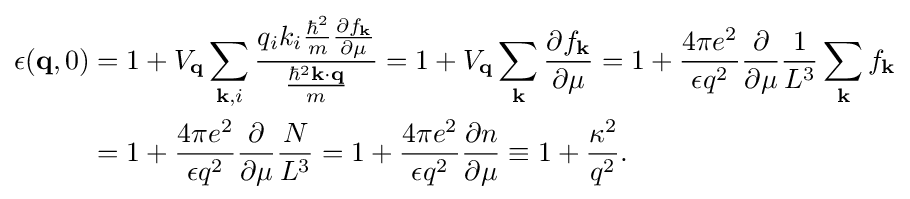
{\begin{alignedat}{2}\epsilon (\mathbf {q} ,0)&=1+V_{\mathbf {q} }\sum _{\mathbf {k} ,i}{\frac {q_{i}k_{i}{\frac {\hbar ^{2}}{m}}{\frac {\partial f_{\mathbf {k} }}{\partial \mu }}}{\frac {\hbar ^{2}\mathbf {k} \cdot \mathbf {q} }{m}}}=1+V_{\mathbf {q} }\sum _{\mathbf {k} }{\frac {\partial f_{\mathbf {k} }}{\partial \mu }}=1+{\frac {4\pi e^{2}}{\epsilon q^{2}}}{\frac {\partial }{\partial \mu }}{\frac {1}{L^{3}}}\sum _{\mathbf {k} }{f_{\mathbf {k} }}\\&=1+{\frac {4\pi e^{2}}{\epsilon q^{2}}}{\frac {\partial }{\partial \mu }}{\frac {N}{L^{3}}}=1+{\frac {4\pi e^{2}}{\epsilon q^{2}}}{\frac {\partial n}{\partial \mu }}\equiv 1+{\frac {\kappa ^{2}}{q^{2}}}.\end{alignedat}}